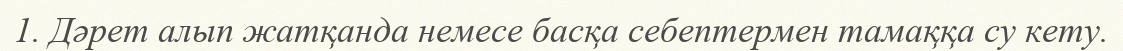
1. Дәрет алып жатқанда немесе басқа себептермен тамаққа су кету.